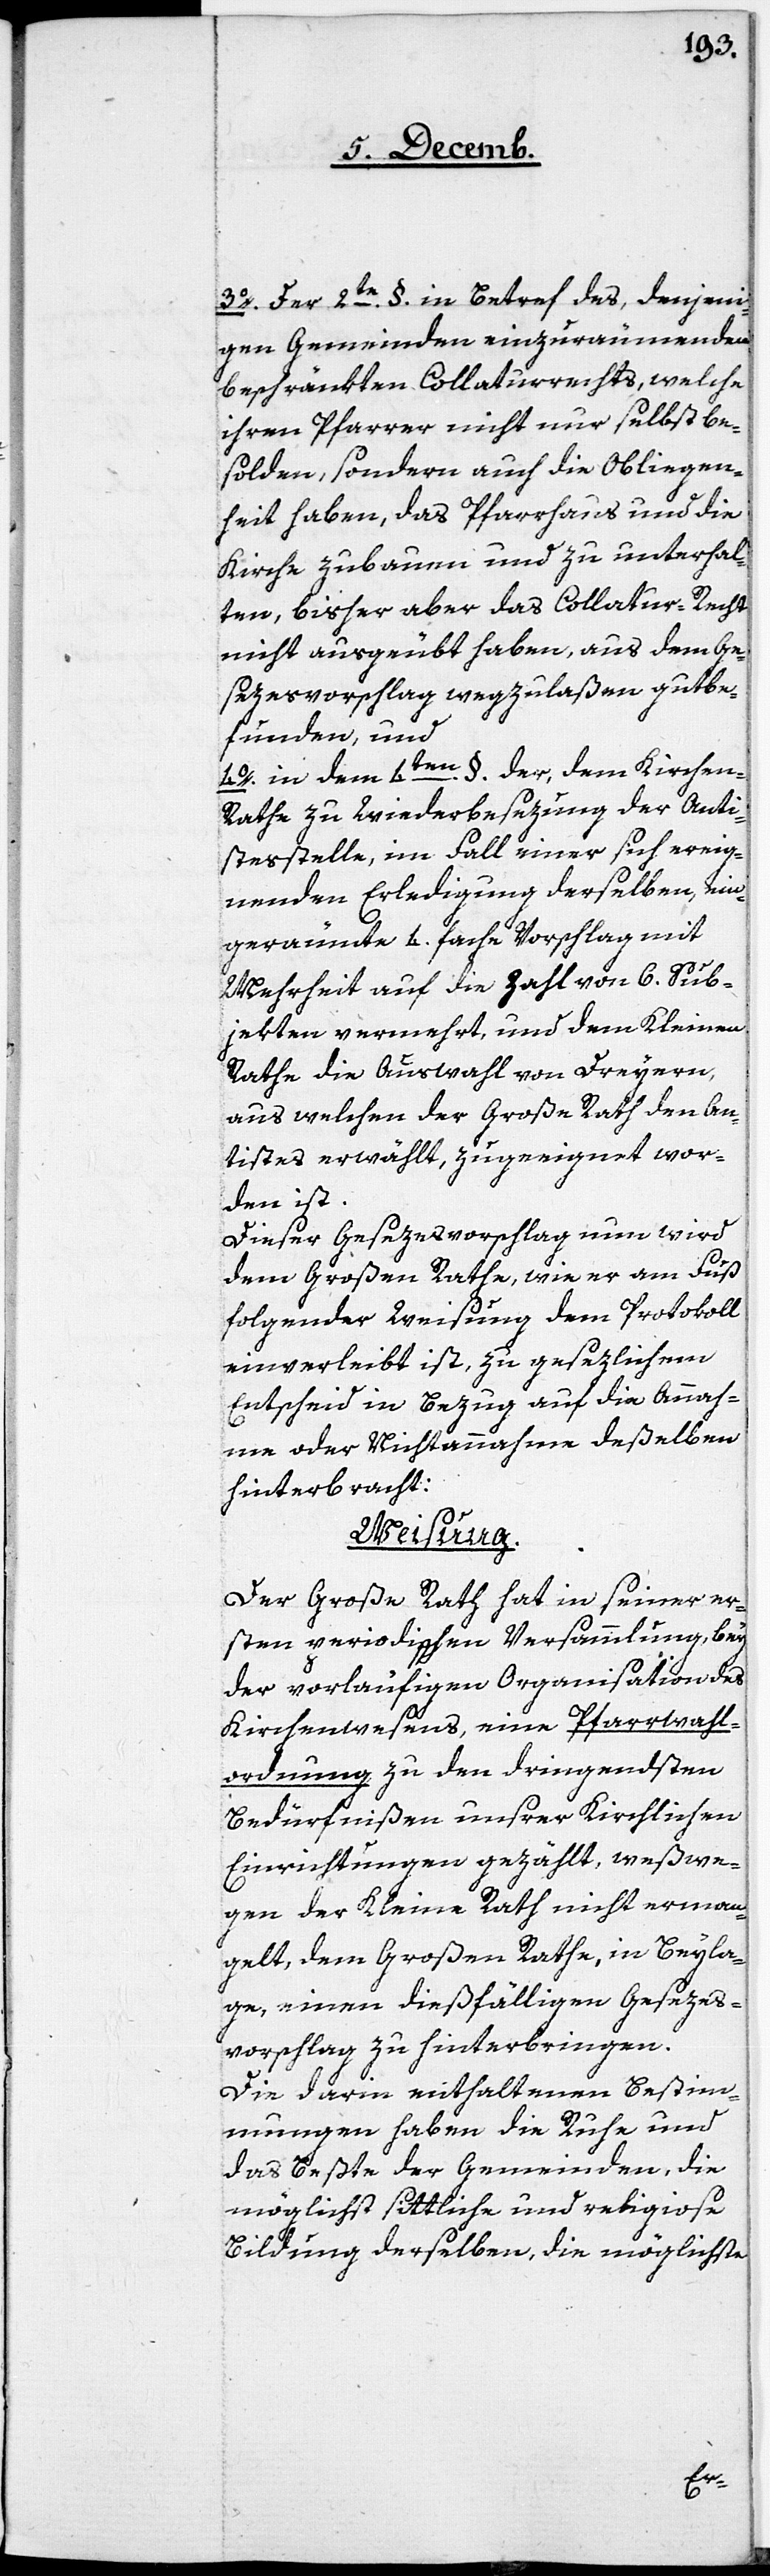
3. der 2te. §. in Betreff des, denjeni¬
gen Gemeinden einzuräumenden
beschränkten Collaturrechts, welche
ihren Pfarrer nicht nur selbst be¬
solden, sondern auch die Obliegen¬
heit haben, das Pfarrhaus und die
Kirche zubauen und zu unterhal¬
ten, bisher aber das Collatur-Recht
nicht ausgeübt haben, aus dem Ges¬
ezesvorschlag wegzulaßen gutbe¬
funden, und
4. in dem 4ten. §. der, dem Kirche¬
n-Rathe zu Wiederbesezung der Anti¬
stesstelle, im Fall einer sich ereig¬
nenden Erledigung derselben, ein¬
geräumte 4. fache Vorschlag mit
Mehrheit auf die Zahl von 6. Sub¬
jekten vermehrt, und dem Kleinen
Rathe die Auswahl von Dreyern,
aus welchen der Große Rath den An¬
tistes erwählt, zugeeignet wor¬
den ist.
Dieser Gesezesvorschlag nun wird
dem Großen Rathe, wie er am Fuß
folgender Weisung dem Protokoll
einverleibt ist, zu gesezlichem
Entscheid in Bezug auf die Annah¬
me oder Nichtannahme deßelben
hinterbracht:
Weisung.
Der Große Rath hat in seiner er¬
sten periodischen Versammlung, bey
der vorläufigen Organisation des
Kirchenwesens, eine Pfarrwahl¬
ordnung zu den dringendsten
Bedürfnißen unsrer Kirchlichen
Einrichtungen gezählt, weßwe¬
gen der Kleine Rath nicht erman¬
gelt, dem Großen Rathe, in Beyla¬
ge, einen dießfälligen Gesezes¬
vorschlag zu hinterbringen.
Die darin enthaltenen Bestim¬
mungen haben die Ruhe und
das Beßte der Gemeinden, die
möglichst sittliche und religiose
Bildung derselben, die möglichste